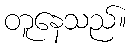
တူနေသည်။